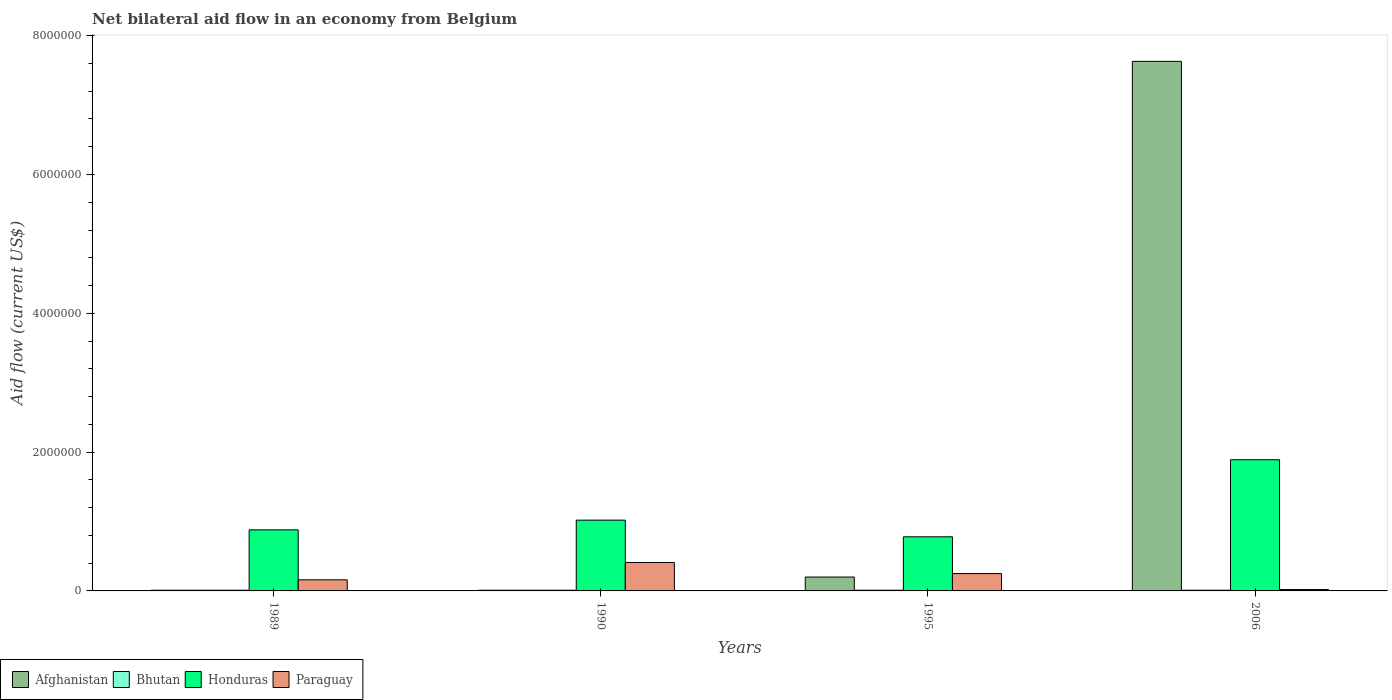
| Years | Afghanistan | Bhutan | Honduras | Paraguay |
 | --- | --- | --- | --- | --- |
 | 1989 | 1e+04 | 1e+04 | 8.8e+05 | 1.6e+05 |
 | 1990 | 1e+04 | 1e+04 | 1.02e+06 | 4.1e+05 |
 | 1995 | 2e+05 | 1e+04 | 7.8e+05 | 2.5e+05 |
 | 2006 | 7.63e+06 | 1e+04 | 1.89e+06 | 2e+04 |